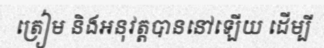
ត្រៀម និងអនុវត្តបាននៅឡើយ ដើម្បី